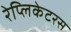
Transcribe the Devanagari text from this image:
रेप्लिकेटरस